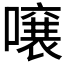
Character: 𫬄